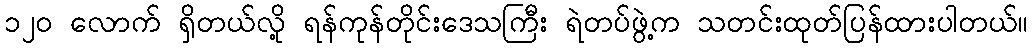
၁၂၀ လောက် ရှိတယ်လို့ ရန်ကုန်တိုင်းဒေသကြီး ရဲတပ်ဖွဲ့က သတင်းထုတ်ပြန်ထားပါတယ်။